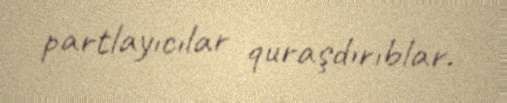
partlayıcılar quraşdırıblar.